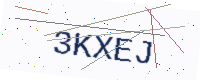
Text: 3KXEJ